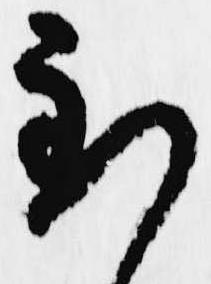
到